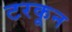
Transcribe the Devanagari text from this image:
टरकून